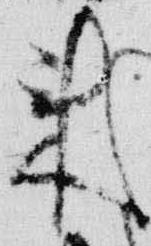
来